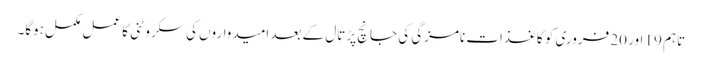
تاہم 19 اور 20 فروری کو کاغذات نامزگی کی جانچ پڑتال کے بعد امیدواروں کی سکروٹنی کا عمل مکمل ہوگا۔